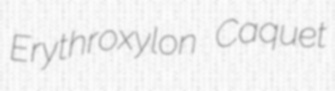
Erythroxylon Caquet